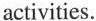
activities.